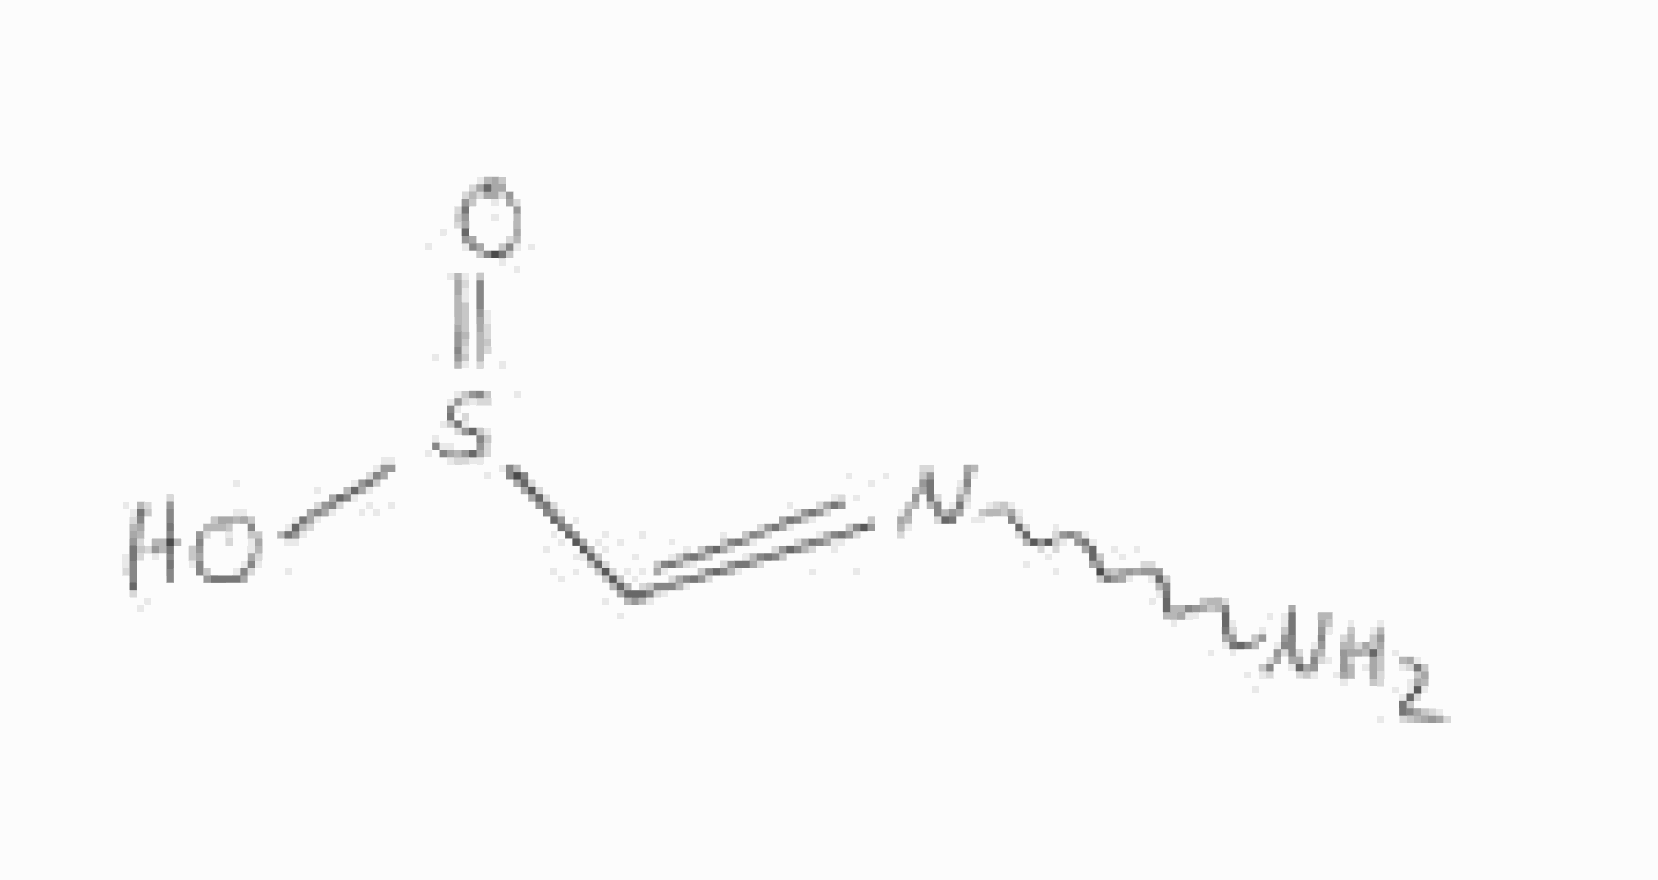
Simplified molecular-input line-entry system (SMILES) notation of the given molecule:
C(=NN)S(=O)O